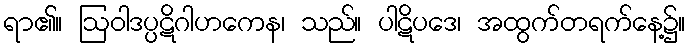
ရာ၏။ ဩဝါဒပ္ပဋိဂါဟကေန၊ သည်။ ပါဋိပဒေ၊ အထွက်တရက်နေ့၌။